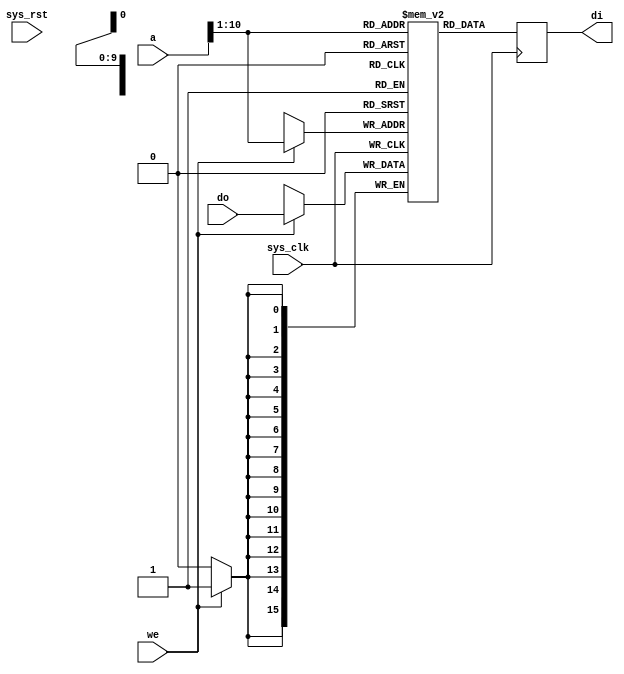
/*
Copyright (C) 2015  Benot Morgan

This file is part of dumb16.

dumb16 is free software: you can redistribute it and/or modify
it under the terms of the GNU General Public License as published by
the Free Software Foundation, either version 3 of the License, or
(at your option) any later version.

dumb16 is distributed in the hope that it will be useful,
but WITHOUT ANY WARRANTY; without even the implied warranty of
MERCHANTABILITY or FITNESS FOR A PARTICULAR PURPOSE.  See the
GNU General Public License for more details.

You should have received a copy of the GNU General Public License
along with dumb16.  If not, see <http://www.gnu.org/licenses/>.
*/

module bram16 #(
	parameter init_file = "none",
	parameter adr_width = 11
) (
	input sys_clk,
	input sys_rst,
	
  input [15:0] do,
  output reg [15:0] di,
  input we,
  input [15:0] a
);

//-----------------------------------------------------------------
// Storage depth in 16 bit words
//-----------------------------------------------------------------
parameter word_width = adr_width - 1;
parameter word_depth = (1 << word_width);

//-----------------------------------------------------------------
// Actual RAM
//-----------------------------------------------------------------
reg [15:0] ram [0:word_depth-1];
wire [word_width-1:0] adr;

always @(posedge sys_clk) begin
  if (we) begin
    ram[adr] <= do;
  end
	di <= ram[adr];
end

assign adr = a[adr_width-1:1];

//-----------------------------------------------------------------
// RAM initialization
//-----------------------------------------------------------------
initial
begin
	if (init_file != "none")
	begin
		$readmemh(init_file, ram);
	end
end

endmodule